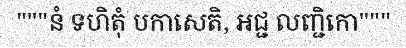
"""នំ ទហិតុំ បកាសេតិ, អជ្ជ លញ្ជិកោ"""